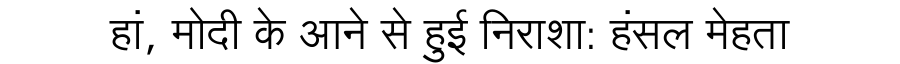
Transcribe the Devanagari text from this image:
हां, मोदी के आने से हुई निराशा: हंसल मेहता